NAE_EAOK_eestikeelsed_sunnimeetrikad, lk 184
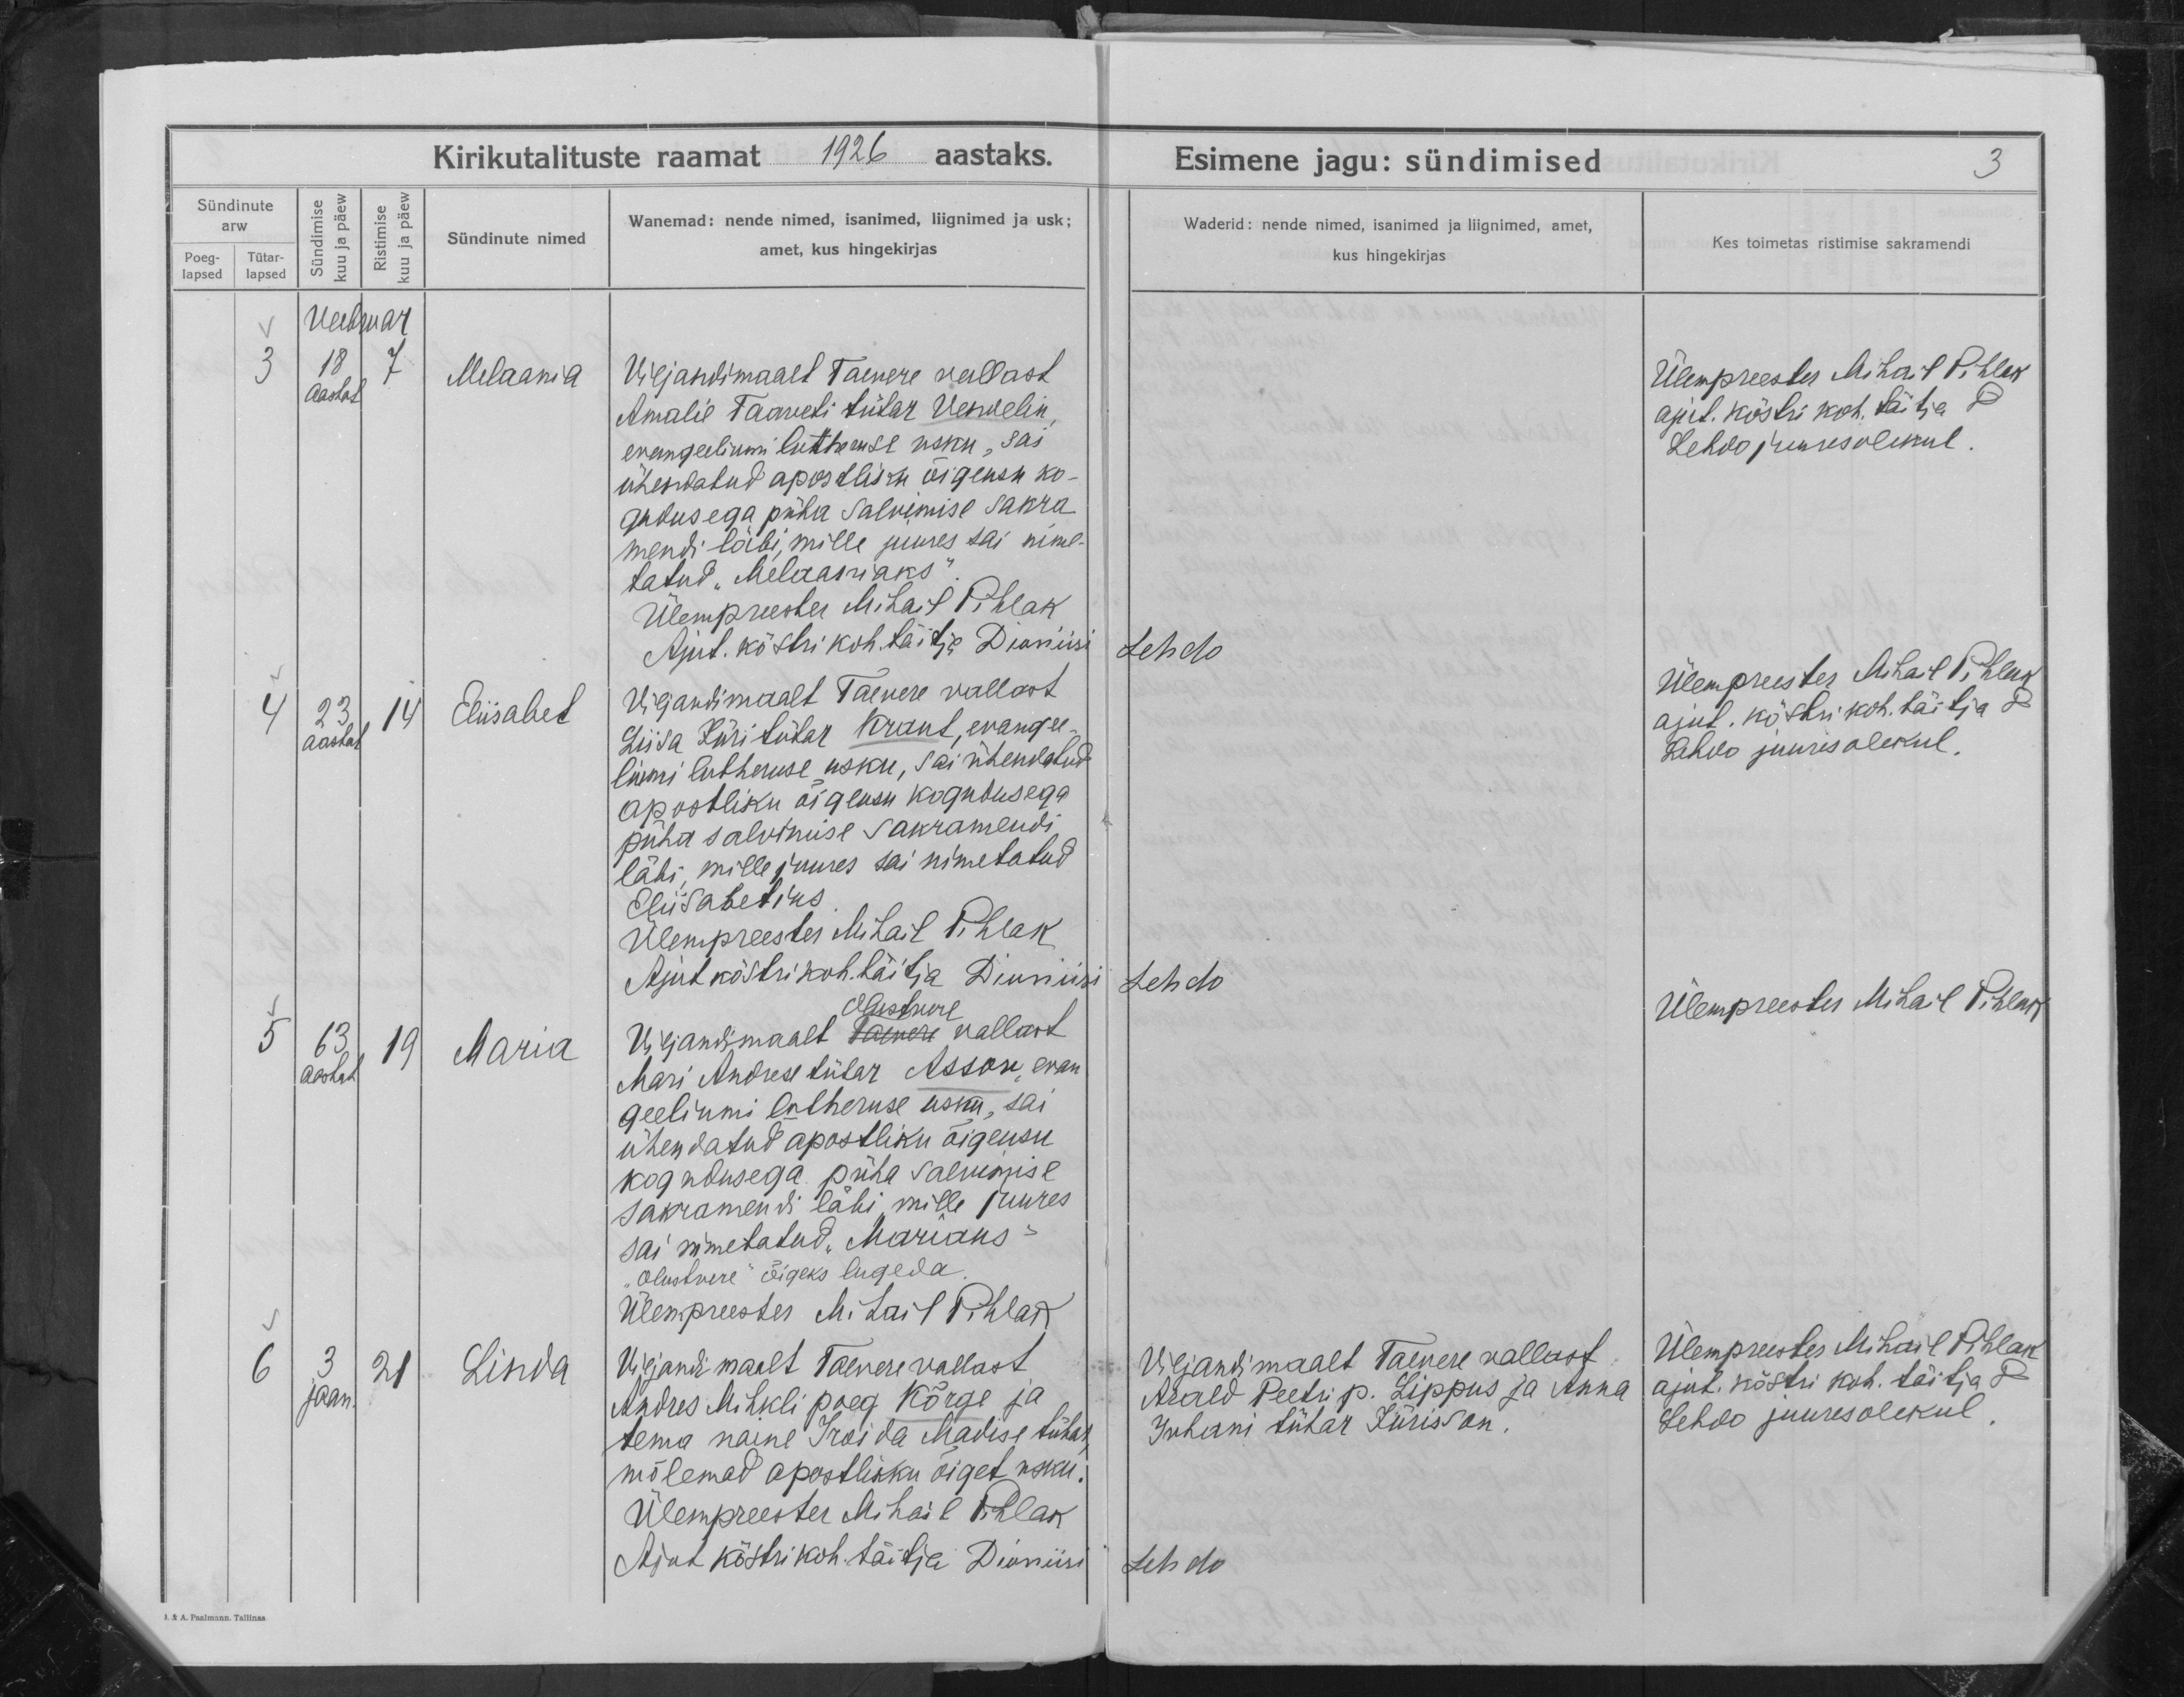
Melaania

Eliisabet

Maria

Linda

Viljandimaal Taevere vallast
Amalie Taaveti tütar Vermelin,
evangeliumi lutheruse usku, sai
ühendatud apostliku õigeusu ko-
gudusega püha salvimise sakra-
mendi läbi, mille juures sai nime-
tatud ,,Melaniaks"

Viljandimaalt Taevere vallast
Liisa Jüri tütar Krant, evange-
liumi lutheruse usku, sai ühendatud
apostliku õigeusu kogudusega
püha salvimise sakramendi
läbi, mille juures sai nimetatud
Eliisabetiks.

Olustvere
Viljandimaalt Taevere vallast
Mari Andrese tütar Asson, evan-
geeliumi lutheruse usku, sai
ühendatud apostliku õigeusu
kogudusega püha salvimise
sakramendi läbi mille juures
sai nimetatud ,,Mariaks"

Viljandimaalt Taevere vallast
Andres Mihkli poeg Kõrge ja
tema naine Iroida Madise tütar,
mõlemad apostlikku õiget usku.